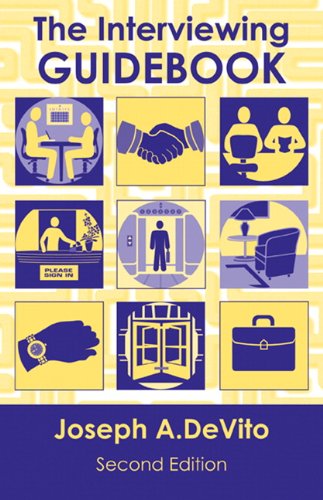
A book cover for The Interviewing Guidebook (2nd Edition); Joseph A. DeVito; Business & Money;